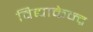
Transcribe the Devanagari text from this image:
विद्याकेन्द्र